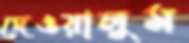
দেওয়ালুম